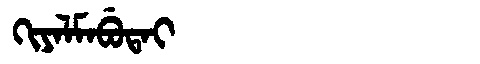
Manchu: ᡴᡳᠶᠠᠯᠮᠠᠪᡠᡨᠠᡳ
Romanization: KIYALMABUTAI